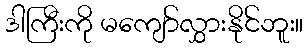
ဒါကြီးကို မကျော်လွှားနိုင်ဘူး။